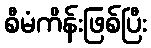
စီမံကိန်းဖြစ်ပြီး